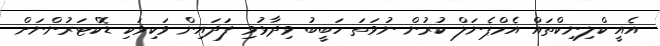
އެއީ ކްލިނިކްތައް އެމްޕެނަލް ކުރުން ނުވަތަ ހަބީބު ވިދާޅުވި ފަދައިން ވަކިވަކި ޑޮކްޓަރުންނަށް